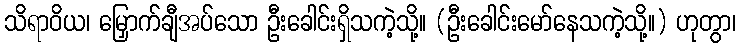
သိရာဝိယ၊ မြှောက်ချီအပ်သော ဦးခေါင်းရှိသကဲ့သို့။ (ဦးခေါင်းမော်နေသကဲ့သို့။) ဟုတွာ၊